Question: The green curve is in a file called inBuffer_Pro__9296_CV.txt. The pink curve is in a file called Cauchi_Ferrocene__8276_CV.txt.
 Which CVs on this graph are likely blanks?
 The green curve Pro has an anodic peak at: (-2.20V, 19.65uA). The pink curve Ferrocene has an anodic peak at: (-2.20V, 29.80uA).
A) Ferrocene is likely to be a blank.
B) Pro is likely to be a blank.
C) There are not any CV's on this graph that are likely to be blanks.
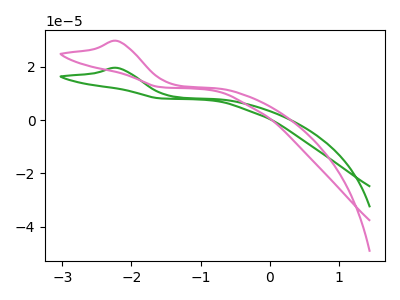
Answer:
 <answer>C) There are not any CV's on this graph that are likely to be blanks.</answer>
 <eval>C</eval>